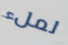
لملء